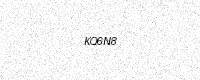
Text: KQ6N8